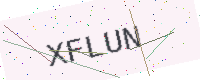
Text: XFLUN